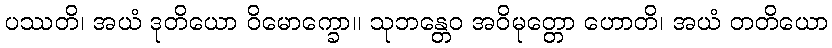
ပဿတိ၊ အယံ ဒုတိယော ဝိမောက္ခော။ သုဘန္တေဝ အဝိမုတ္တော ဟောတိ၊ အယံ တတိယော